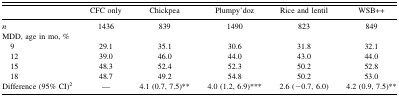
<table><thead><tr><td></td><td><b>CFC only</b></td><td><b>Chickpea</b></td><td><b>Plumpy&#x27;doz</b></td><td><b>Rice and lentil</b></td><td><b>WSB++</b></td></tr></thead><tbody><tr><td><i>n</i></td><td>1436</td><td>839</td><td>1490</td><td>823</td><td>849</td></tr><tr><td>MDD, age in mo, %</td><td></td><td></td><td></td><td></td><td></td></tr><tr><td> 9</td><td>29.1</td><td>35.1</td><td>30.6</td><td>31.8</td><td>32.1</td></tr><tr><td> 12</td><td>39.0</td><td>46.0</td><td>44.0</td><td>43.0</td><td>44.0</td></tr><tr><td> 15</td><td>48.3</td><td>52.4</td><td>52.3</td><td>50.2</td><td>52.8</td></tr><tr><td> 18</td><td>48.7</td><td>49.2</td><td>54.8</td><td>50.2</td><td>53.0</td></tr><tr><td>Difference (95% CI)<sup>2</sup></td><td>—</td><td>4.1 (0.7, 7.5)**</td><td>4.0 (1.2, 6.9)***</td><td>2.6 (−0.7, 6.0)</td><td>4.2 (0.9, 7.5)**</td></tr></tbody></table>